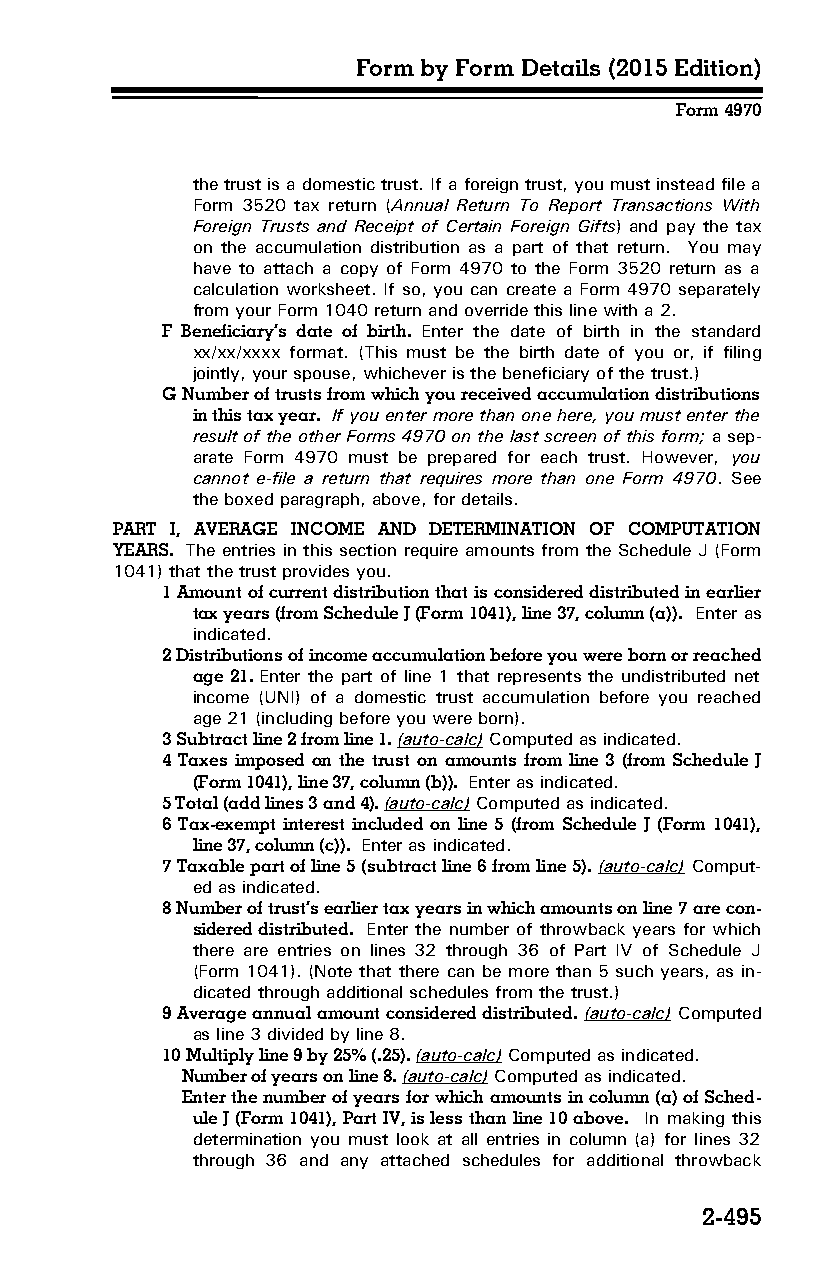
Form by Form Details (2015 Edition)
 Form 4970
 the trust is a domestic trust. If a foreign trust, you must instead file a
 Form 3520 tax return (Annual Return To Report Transactions With
 Foreign Trusts and Receipt of Certain Foreign Gifts) and pay the tax
 on the accumulation distribution as a part of that return. You may
 have to attach a copy of Form 4970 to the Form 3520 return as a
 calculation worksheet. If so, you can create a Form 4970 separately
 from your Form 1040 return and override this line with a 2.
 F Beneficiary’s date of birth. Enter the date of birth in the standard
 xx/xx/xxxx format. (This must be the birth date of you or, if filing
 jointly, your spouse, whichever is the beneficiary of the trust.)
 G Number of trusts from which you received accumulation distributions
 in this tax year. If you enter more than one here, you must enter the
 result of the other Forms 4970 on the last screen of this form; a sep­
 arate Form 4970 must be prepared for each trust. However, you
 cannot e-file a return that requires more than one Form 4970. See
 the boxed paragraph, above, for details.
 PART I, AVERAGE INCOME AND DETERMINATION OF COMPUTATION
 YEARS. The entries in this section require amounts from the Schedule J (Form
 1041) that the trust provides you.
 1 Amount of current distribution that is considered distributed in earlier
 tax years (from Schedule J (Form 1041), line 37, column (a)). Enter as
 indicated.
 2 Distributions of income accumulation before you were born or reached
 age 21. Enter the part of line 1 that represents the undistributed net
 income (UNI) of a domestic trust accumulation before you reached
 age 21 (including before you were born).
 3 Subtract line 2 from line 1. (auto-calc) Computed as indicated.
 4 Taxes imposed on the trust on amounts from line 3 (from Schedule J
 (Form 1041), line 37, column (b)). Enter as indicated.
 5 Total (add lines 3 and 4). (auto-calc) Computed as indicated.
 6 Tax-exempt interest included on line 5 (from Schedule J (Form 1041),
 line 37, column (c)). Enter as indicated.
 7 Taxable part of line 5 (subtract line 6 from line 5). (auto-calc) Comput­
 ed as indicated.
 8 Number of trust’s earlier tax years in which amounts on line 7 are con­
 sidered distributed. Enter the number of throwback years for which
 there are entries on lines 32 through 36 of Part IV of Schedule J
 (Form 1041). (Note that there can be more than 5 such years, as in­
 dicated through additional schedules from the trust.)
 9 Average annual amount considered distributed. (auto-calc) Computed
 as line 3 divided by line 8.
 10 Multiply line 9 by 25% (.25). (auto-calc) Computed as indicated.
 Number of years on line 8. (auto-calc) Computed as indicated.
 Enter the number of years for which amounts in column (a) of Sched­
 ule J (Form 1041), Part IV, is less than line 10 above. In making this
 determination you must look at all entries in column (a) for lines 32
 through 36 and any attached schedules for additional throwback
 2-495